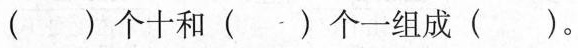
( )个十和( )个一组成( )。